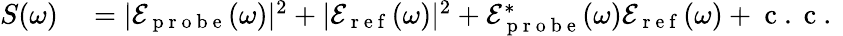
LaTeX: \begin{array}{rl}{S(\omega)}&{{}=|\mathcal{E}_{\mathrm{~p~r~o~b~e~}}(\omega)|^{2}+|\mathcal{E}_{\mathrm{~r~e~f~}}(\omega)|^{2}+\mathcal{E}_{\mathrm{~p~r~o~b~e~}}^{*}(\omega)\mathcal{E}_{\mathrm{~r~e~f~}}(\omega)+\mathrm{~c~.~c~.~}}\end{array}